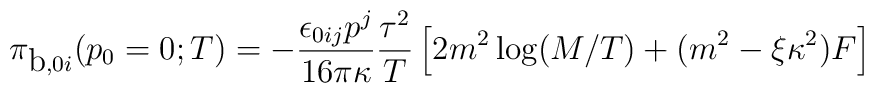
{\cal{\pi}}_{\mbox{b}, 0i} (p_0=0;T) = -\frac{\epsilon_{0ij}p^j}{16 \pi \kappa} \frac{\tau^2}{T}\left[2 m^2\log(M/T) + (m^2 - \xi \kappa^2)F\right]